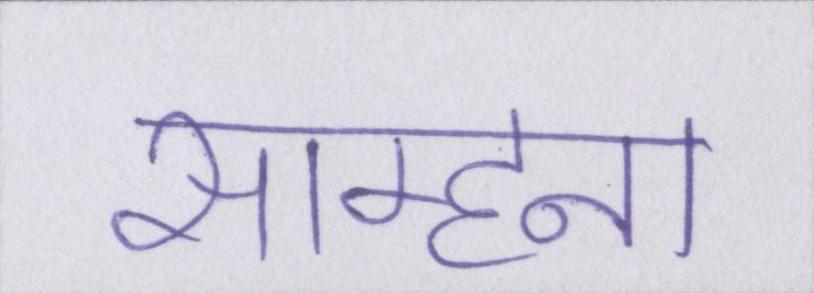
साम्हना